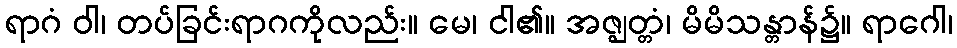
ရာဂံ ဝါ၊ တပ်ခြင်းရာဂကိုလည်း။ မေ၊ ငါ၏။ အဇ္ဈတ္တံ၊ မိမိသန္တာန်၌။ ရာဂေါ၊